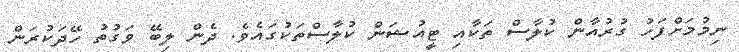
ނިމުމަށްފަހު ގުރުއާން ކުލާސް ތަކާއި ޓީއުޝަން ކުލާސްތަކުގައެވެ. ދެން ލިބޭ ވަގުތު ހޭދަކުރަން